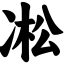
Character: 凇